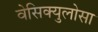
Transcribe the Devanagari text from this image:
वेसिक्युलोसा